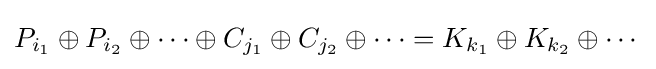
P_{i_{1}}\oplus P_{i_{2}}\oplus \cdots \oplus C_{j_{1}}\oplus C_{j_{2}}\oplus \cdots =K_{k_{1}}\oplus K_{k_{2}}\oplus \cdots